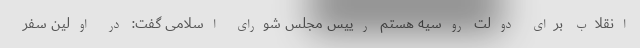
انقلاب برای دولت روسیه هستم رییس مجلس شورای اسلامی گفت: در اولین سفر